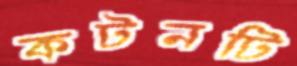
কটনটি